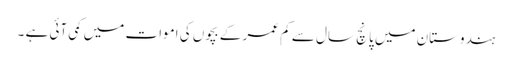
ہندوستان میں پانچ سال سے کم عمر کے بچوں کی اموات میں کمی آئی ہے ۔